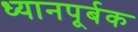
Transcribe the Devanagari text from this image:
ध्यानपूर्बक